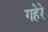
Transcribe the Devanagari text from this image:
गहेरे